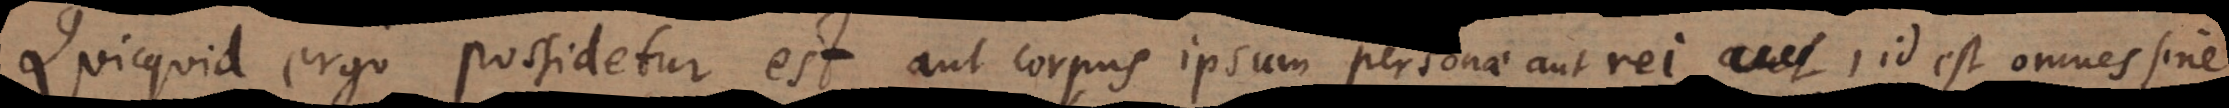
Quicquid ergo possidetur est aut corpus ipsum personae aut rei, id est omnes sine